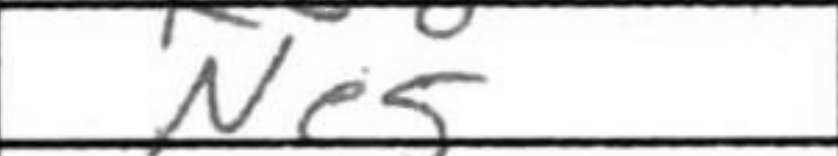
Transcription: Ne5